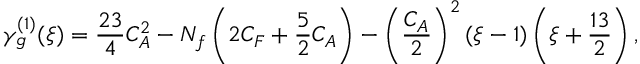
\gamma _ { g } ^ { ( 1 ) } ( \xi ) = \frac { 2 3 } { 4 } C _ { A } ^ { 2 } - N _ { f } \left( 2 C _ { F } + \frac { 5 } { 2 } C _ { A } \right) - \left( \frac { C _ { A } } { 2 } \right) ^ { 2 } ( \xi - 1 ) \left( \xi + \frac { 1 3 } { 2 } \right) ,